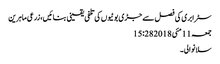
سٹرابری کی فصل سے جڑی بوٹیوں کی تلفی یقینی بنائیں،زرعی ماہرین
جمعہ 11 مئی 2018 15:28
سلانوالی۔